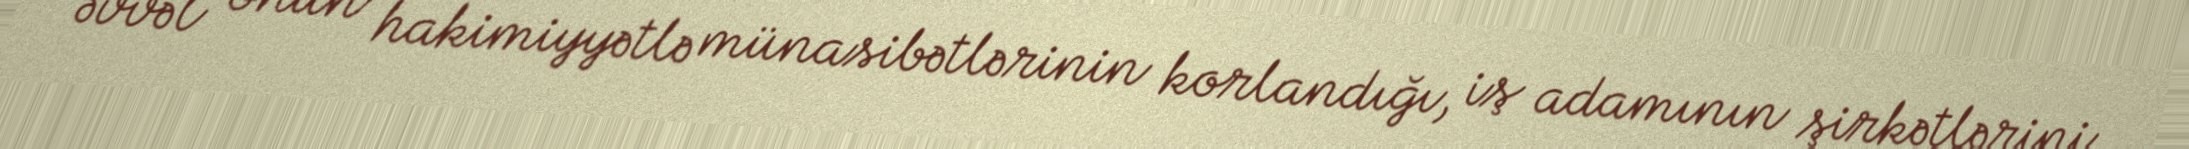
əvvəl onun hakimiyyətlə münasibətlərinin korlandığı, iş adamının şirkətlərini